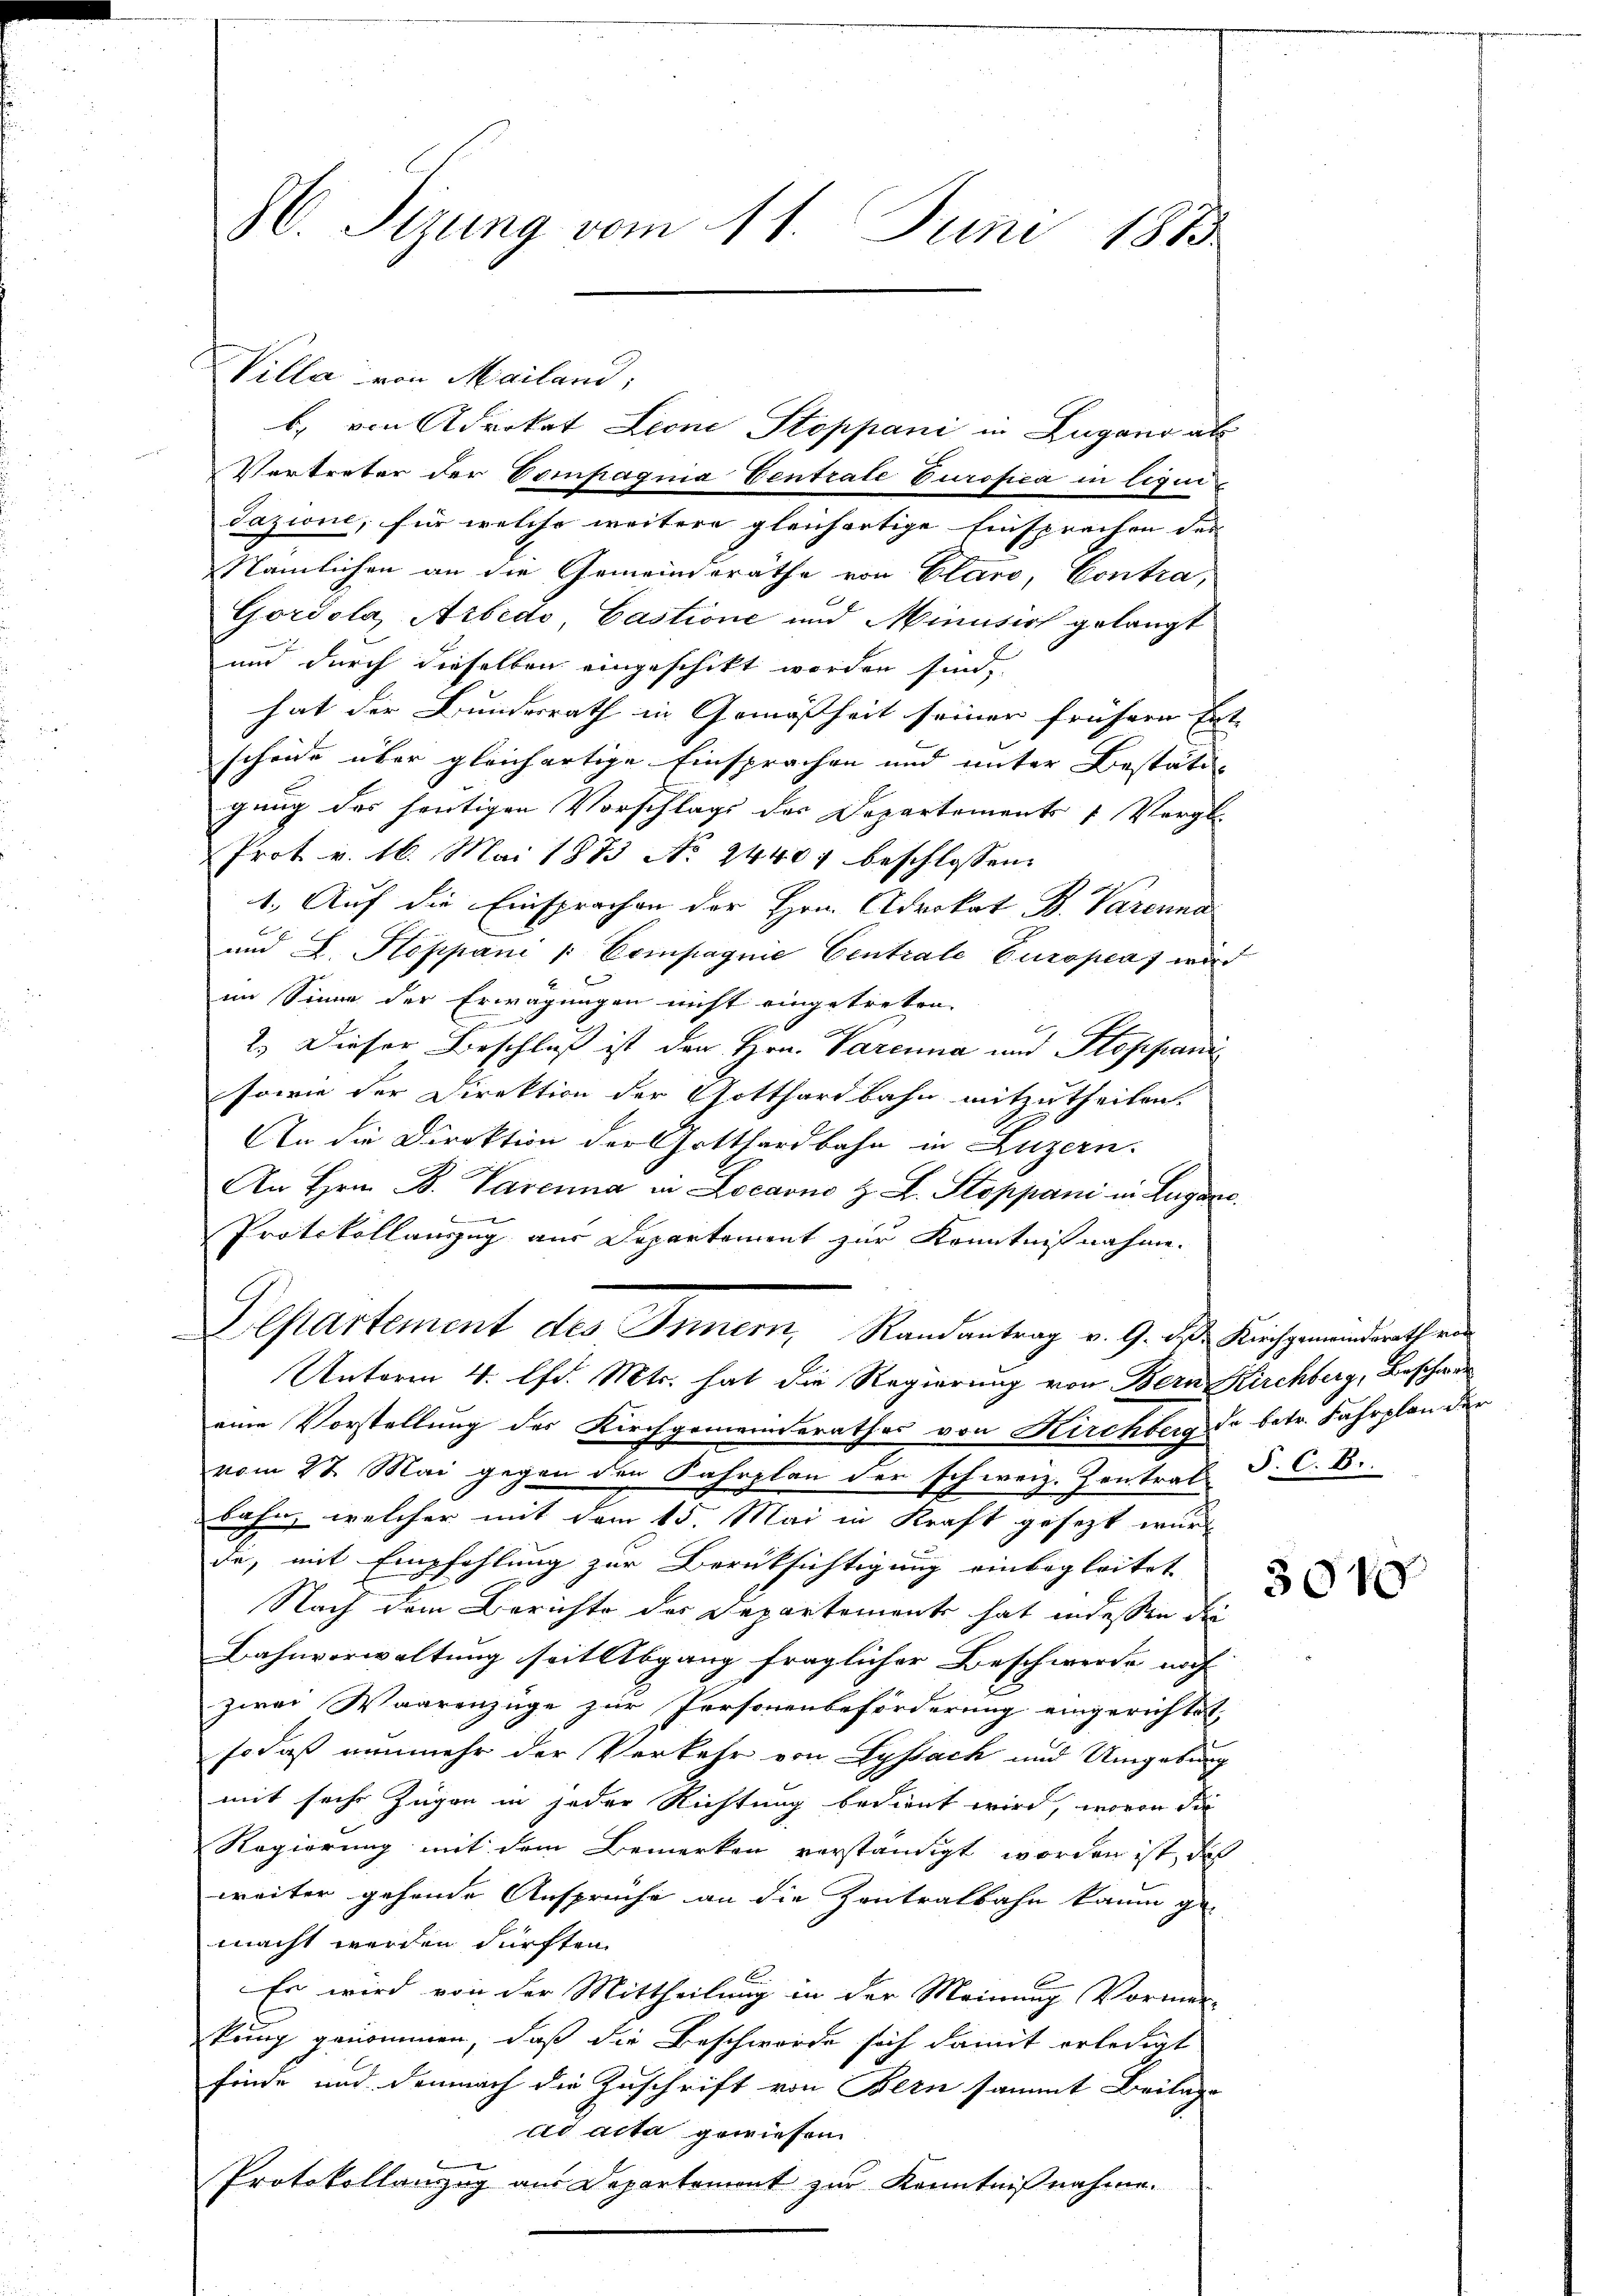
H. Sizung vom 11. Juni 1873.

Villa von Mailand,
Vertreter der Compagnia Ventrate Eurofca in liqui¬
Jazione, für welche weitere gleichartige Einsprachen des |
Nämlichen an die Gemeinderäthe von Claro, Contra,
Gordola, Arbedo, Castione und Minusich gelangt
und durch dieselben eingeschikt worden sind,
hat der Bundesrath in Gemäßheit seiner frühern Er-
scheide über gleichartige Einsprachen und unter Bestätig
gung des heutigen Vorschlags des Departements 7 Vergl
Prot v. 16. Mai 1873 No 24407 beschlossen:
1. Auf die Einsprachen der Hrn. Advokat B. Parenna
und E. Hoppani /: Compagnie Centrale Europas wir
im Sinne der Erwägungen nicht eingetreten.
2.) Dieser Beschluß ist der Hrn. Parenna und Stoppani
sowie der Direktion der Gotthardbahn mitzutheilen.
An die Direktion der Gotthardbahn in Luzern.
An Hrn. B. Parenna in Locarno H. L. Stoppani in Lugan
Protokollanzug aus Departement zur Kenntnißnahme.
Departement des Innern, Randantrag v. 9. Der Kirchgemeindrath ein
Unterm 4. lfd. Mts. hat die Regierung von Bern Kirchberg, Beschwer
eine Vorstellung des Kirchgemeinderathes von Kirchberg, de betr. Fahrplan der
vom 27. Mai gegen den Fahrplan der schweiz. Kontrat
bahn, welcher mit dem 15. Mai in Kraft gesezt würde, mit Empfehlung zur Berüksichtigung einbegleitet
Nach dem Berichte des Departement hat indessen die
Bahnverwaltung seit Abgang fraglicher Beschwerde noch |
zwei Waarenzüge zur Personenbeförderung eingerichtet,
so daß nunmehr der Verkehr von Lyssach und Umgebung
mit sache Zügen in jeder Richtung bedient wird, wovon die
Regierung mit dem Bemerken verständigt worden ist, das
weiter gehende Ansprüche an die Zentralbahn kaum ge-
macht werden dürften.
Es wird von der Mittheilung in der Meinung Vormen-
kung genommen, daß die Beschwerde sich damit erledigt
finde und demnach die Zuschrift von Bern sammt Beilage
ad acta gewiesen
Protokollanzug aus Departemont zur Kenntnißnahme.

b. von Advokat Leone Stoppani in Zugano als

P. C. B.

.

E

3010